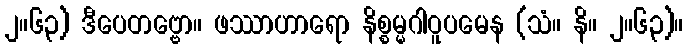
၂။၆၃) ဒီပေတဗ္ဗော။ ဖဿာဟာရော နိစ္စမ္မဂါဝူပမေန (သံ။ နိ။ ၂။၆၃)။